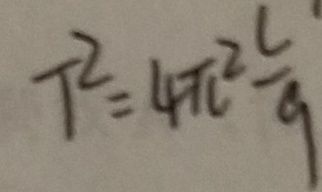
T ^ { 2 } = 4 \pi ^ { 2 } \frac { L } { 9 }